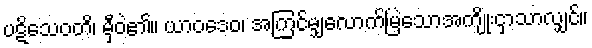
ပဋိသေဝတိ၊ မှီဝဲ၏။ ယာဝဒေဝ၊ အကြင်မျှလောက်မြဲသောအကျိုးငှာသာလျှင်။